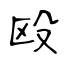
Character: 殴